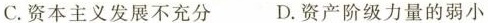
C.资本主义发展不充分 D.资产阶级力量的弱小